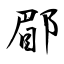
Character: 郿